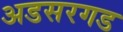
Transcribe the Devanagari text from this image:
अडसरगड